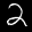
Label: 2